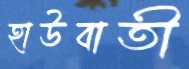
হাউবাতী